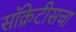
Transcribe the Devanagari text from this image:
सॉक्रेटीसचा